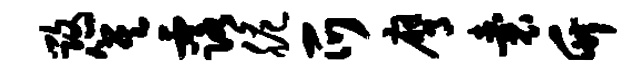
毁箕露脆爪膺囊竹